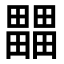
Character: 𤳳